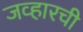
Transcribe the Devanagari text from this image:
जव्हारची